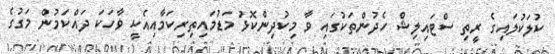
ކުލަކުލައިގެ ރީތި ސްޓައިލިޝް ހެދުންތަކުގައި ވާ މިކުދިންކޮޅު މަޑުމައިތިރިކަމާއިއެކީ ވާހަކަ ދައްކަމުން މަގުގެ